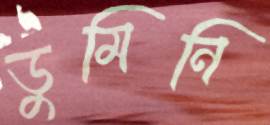
ডুমিনি